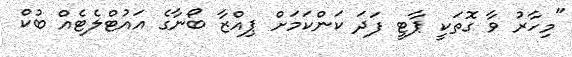
"މިހާރު ވާ ގޮތަކީ ޕާޓީ ފަދަ ކަންކަމަށް ޕިއްޒާ ބޯނާގެ އައުޓްލެޓެއް ބުކް